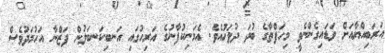
އަރަބިއްޔާއަށް ވަަޑައިގެންނެވީ މިހަފްތާގެ ބުދަ ދުވަހުއެވެ. އެމަނިކުފާނުގެ އަރިހުގައި އަނބިކަނބަލުން ފަޒްނާ އަހުމަދުވެސް